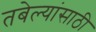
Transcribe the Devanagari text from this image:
तबेल्यांसाठी